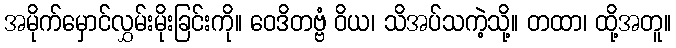
အမိုက်မှောင်လွှမ်းမိုးခြင်းကို။ ဝေဒိတဗ္ဗံ ဝိယ၊ သိအပ်သကဲ့သို့။ တထာ၊ ထို့အတူ။